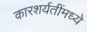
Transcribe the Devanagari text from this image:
कारशर्यतींमध्ये